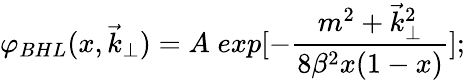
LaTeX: \varphi_{BHL}(x,\vec{k}_{\perp})=A\; exp[-\frac{m^{2}+\vec{k}_{\perp}^{2}}{8\beta^{2}x(1-x)}];